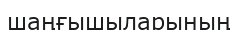
шаңғышыларының